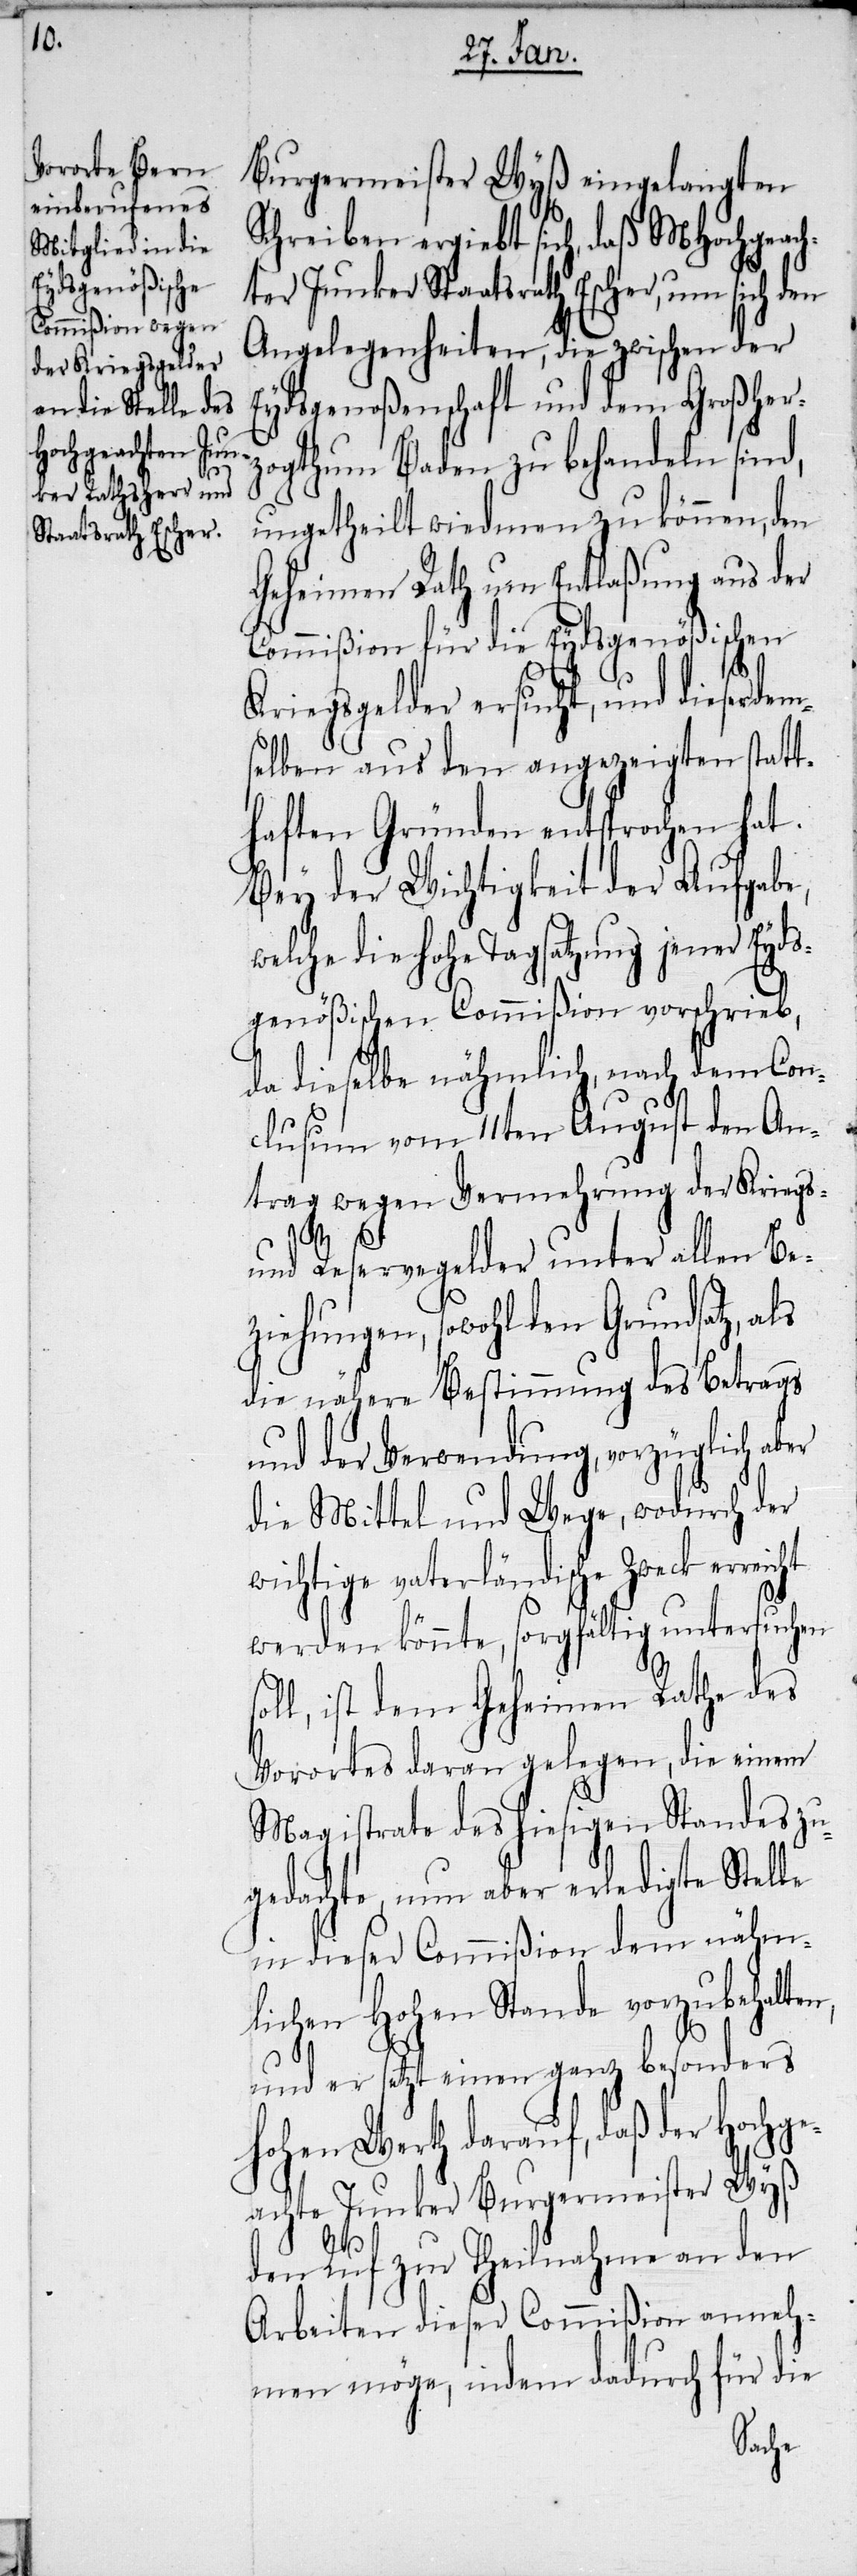
Burgermeister Wyß eingelangten
Schreiben ergiebt sich, daß MHochgeach¬
ter Junker Staatsrath Escher, um sich den
Angelegenheiten, die zwischen der
Eydsgenoßenschaft und dem Großher¬
zogthum Baden zu behandeln sind,
ungetheilt wiedmen zu können, den
Geheimen Rath um Entlaßung aus der
Commißion für die Eydsgenößischen
Kriegsgelder ersucht, und dieser de¬
selben aus den angezeigten statt¬
haften Gründen entsprochen hat.
Bey der Wichtigkeit der Aufgabe,
elche die hohe Tagsatzung jener Eyds¬
genößischen Commißion vorschrieb,
da dieselbe nähmlich, nach dem Con¬
clusum vom 11ten August den An¬
trag wegen Vermehrung der Kriegs-
sol¬
und Reservegelder unter allen Be¬
ziehungen, sowohl den Grundsatz, als
die nähere Bestimmung des Betrags
und der Verwendung, vorzüglich aber
die Mittel und Wege, wodurch der
wichtige vaterländische Zweck
werden könnte, sorgfältig untersuchen
l, ist dem Geheimen Rathe des
Vorortes daran gelegen, die einem
Magistrate des hiesigen Standes zu¬
gedachte, nun aber erledigte Stelle
in dieser Commißion dem nähm¬
lichen Hohen Stande vorzubehalte¬
und er setzt einen ganz besonders
hohen Werth darauf, daß der Hochg¬
eachte Junker Burgermeister Wyß
den Ruf zur Theilnahme an den
Arbeiten dieser Commißion anneh¬
men möge, indem dadurch für die
n,